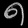
Digit: ၈